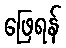
ဖြေရန်